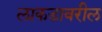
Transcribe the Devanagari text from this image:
लाकडावरील